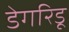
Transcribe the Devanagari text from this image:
डेगरिडू